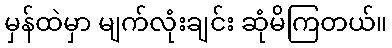
မှန်ထဲမှာ မျက်လုံးချင်း ဆုံမိကြတယ်။